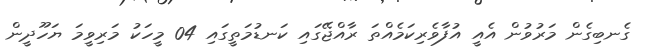
ގެނބިގެން މަރުވުން އެއީ އުފާވެރިކަމެއްތަ ރާއްޖޭގައި ކަނޑުމަތީގައި 04 މީހަކު މަރިވީމަ ޔަހޫދީން